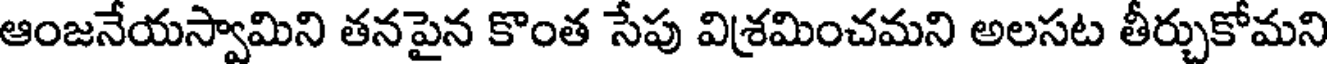
ఆంజనేయస్వామిని తనపైన కొంత సేపు విశ్రమించమని అలసట తీర్చుకోమని